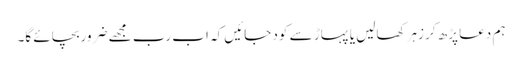
ہم دعا پڑھ کر زہرکھالیں یا پہاڑ سے کود جائیں کہ اب رب مجھے ضروربچائے گا۔